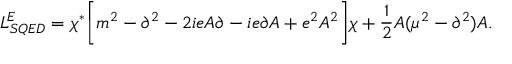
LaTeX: { \cal L } _ { S Q E D } ^ { E } = \chi ^ { * } \biggl [ m ^ { 2 } - \partial ^ { 2 } - 2 i e A \partial - i e \partial A + e ^ { 2 } A ^ { 2 } \biggr ] \chi + \frac { 1 } { 2 } A ( \mu ^ { 2 } - \partial ^ { 2 } ) A .